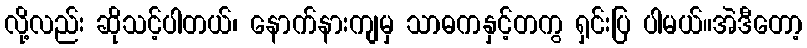
လို့လည်း ဆိုသင့်ပါတယ်၊ နောက်နားကျမှ သာဓကနှင့်တကွ ရှင်းပြ ပါမယ်။အဲဒီတော့